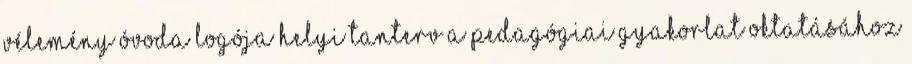
VÉLEMÉNY Óvoda logója Helyi tanterv a pedagógiai gyakorlat oktatásához